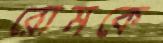
রোমকে